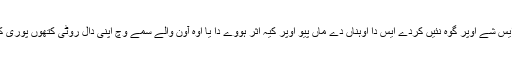
اکثر اوہ ایس شے اوپر گوہ نئیں کردے ایس دا اوہناں دے ماں پیو اوپر کیہ اثر ہووے دا یا اوہ آون والے سمے وچ اپنی دال روٹی کتھوں پوری کرن دے۔